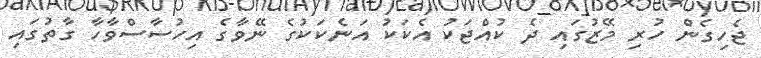
ޖެހިގެން ހުރި މޭޒުގައި ދެ ކުއްޖަކު އެކަކު އަނެކަކުގެ ނޭވާގެ އިހުސާސްވާހާ ގާތުގައި